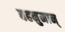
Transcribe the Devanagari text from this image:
बहनुमान्